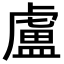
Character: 盧